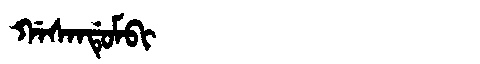
Manchu: ᡤᠠᠰᠠᠨᡩᡠᠮᠪᡳ
Romanization: GASANDUMBI